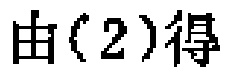
由(2)得